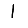
Digit: 1